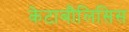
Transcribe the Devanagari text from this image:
केटाबौलिसिस